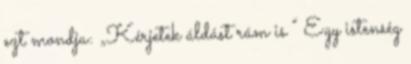
ezt mondja: „Kérjetek áldást rám is ” Egy istenség